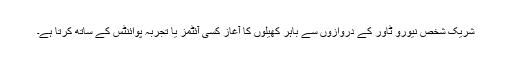
شریک شخص نیورو ٹاور کے دروازوں سے باہر کھیلوں کا آغاز کسی آئٹمز یا تجربہ پوائنٹس کے ساتھ کرتا ہے۔